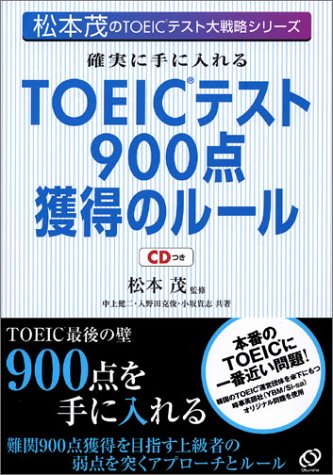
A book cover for TOEIC 900 = Kakujitsu ni teniireru TOEIC tesuto 900ten kakutoku no ruru[Japanese Edition]; Kenji Nakagami; Test Preparation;